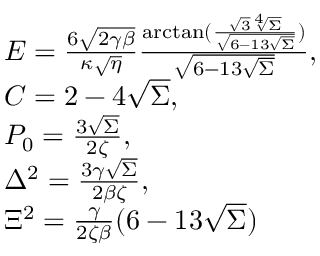
\begin{array} { l } { E = \frac { 6 \sqrt { 2 \gamma \beta } } { \kappa \sqrt { \eta } } \frac { \arctan ( \frac { \sqrt { 3 } \sqrt [ 4 ] { \Sigma } } { \sqrt { 6 - 1 3 \sqrt { \Sigma } } } ) } { \sqrt { 6 - 1 3 \sqrt { \Sigma } } } , } \\ { C = 2 - 4 \sqrt { \Sigma } , } \\ { P _ { 0 } = \frac { 3 \sqrt { \Sigma } } { 2 \zeta } , } \\ { \Delta ^ { 2 } = \frac { 3 \gamma \sqrt { \Sigma } } { 2 \beta \zeta } , } \\ { \Xi ^ { 2 } = \frac { \gamma } { 2 \zeta \beta } ( 6 - 1 3 \sqrt { \Sigma } ) } \end{array}